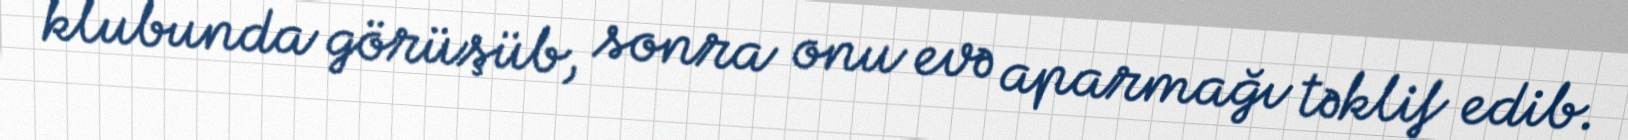
klubunda görüşüb, sonra onu evə aparmağı təklif edib.